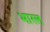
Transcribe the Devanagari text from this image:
भारल